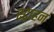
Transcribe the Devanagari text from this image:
स्ट्राहन